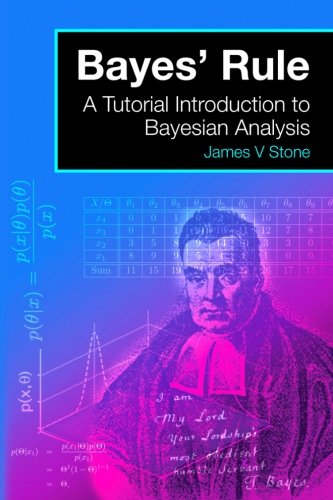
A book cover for Bayes' Rule: A Tutorial Introduction to Bayesian Analysis; James V Stone; Science & Math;